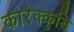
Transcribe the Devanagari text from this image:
कारैक्कुडि